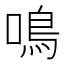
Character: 鳴